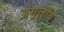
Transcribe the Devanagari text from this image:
अंगुलीय